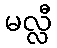
မလ္လီ